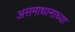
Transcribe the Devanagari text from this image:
असमाधानाच्या